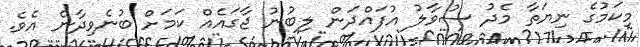
މިކަމުގެ ނިޔަތާ މެދު ސުވާލު އުފައްދަން ލިބުނު ޖާގައެއް ކަމަށް ބުނެވިދާނެ އެވެ.